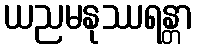
ယညမနုဿရန္တာ